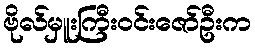
ဗိုလ်မှူးကြီးဝင်းဇော်ဦးက